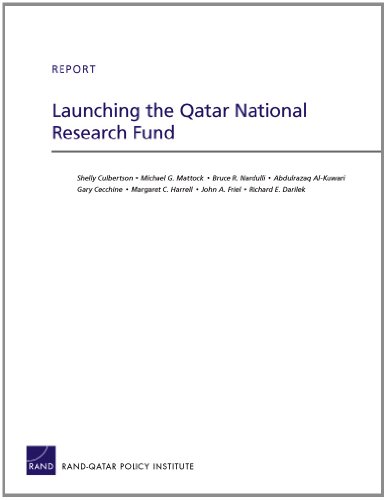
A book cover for Launching the Qatar National Research Fund (Rand Corporation Technical Report); Shelly Culbertson; History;